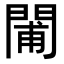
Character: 𨴪